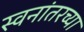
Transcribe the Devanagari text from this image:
स्वनांतरच्या